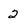
Character: 2